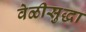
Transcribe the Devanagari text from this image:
वेळीसुद्धा